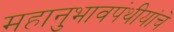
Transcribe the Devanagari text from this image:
महानुभावपंथीयांचे